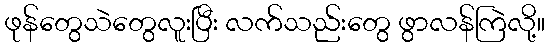
ဖုန်တွေသဲတွေလူးပြီး လက်သည်းတွေ ဖွာလန်ကြဲလို့။